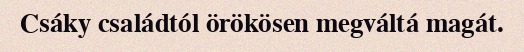
Csáky családtól örökösen megváltá magát.